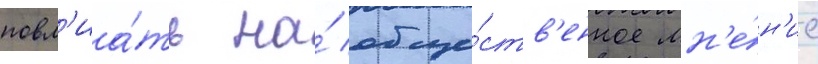
повл'иа́ть на́ обще́ств'енное мн'е́н'ие